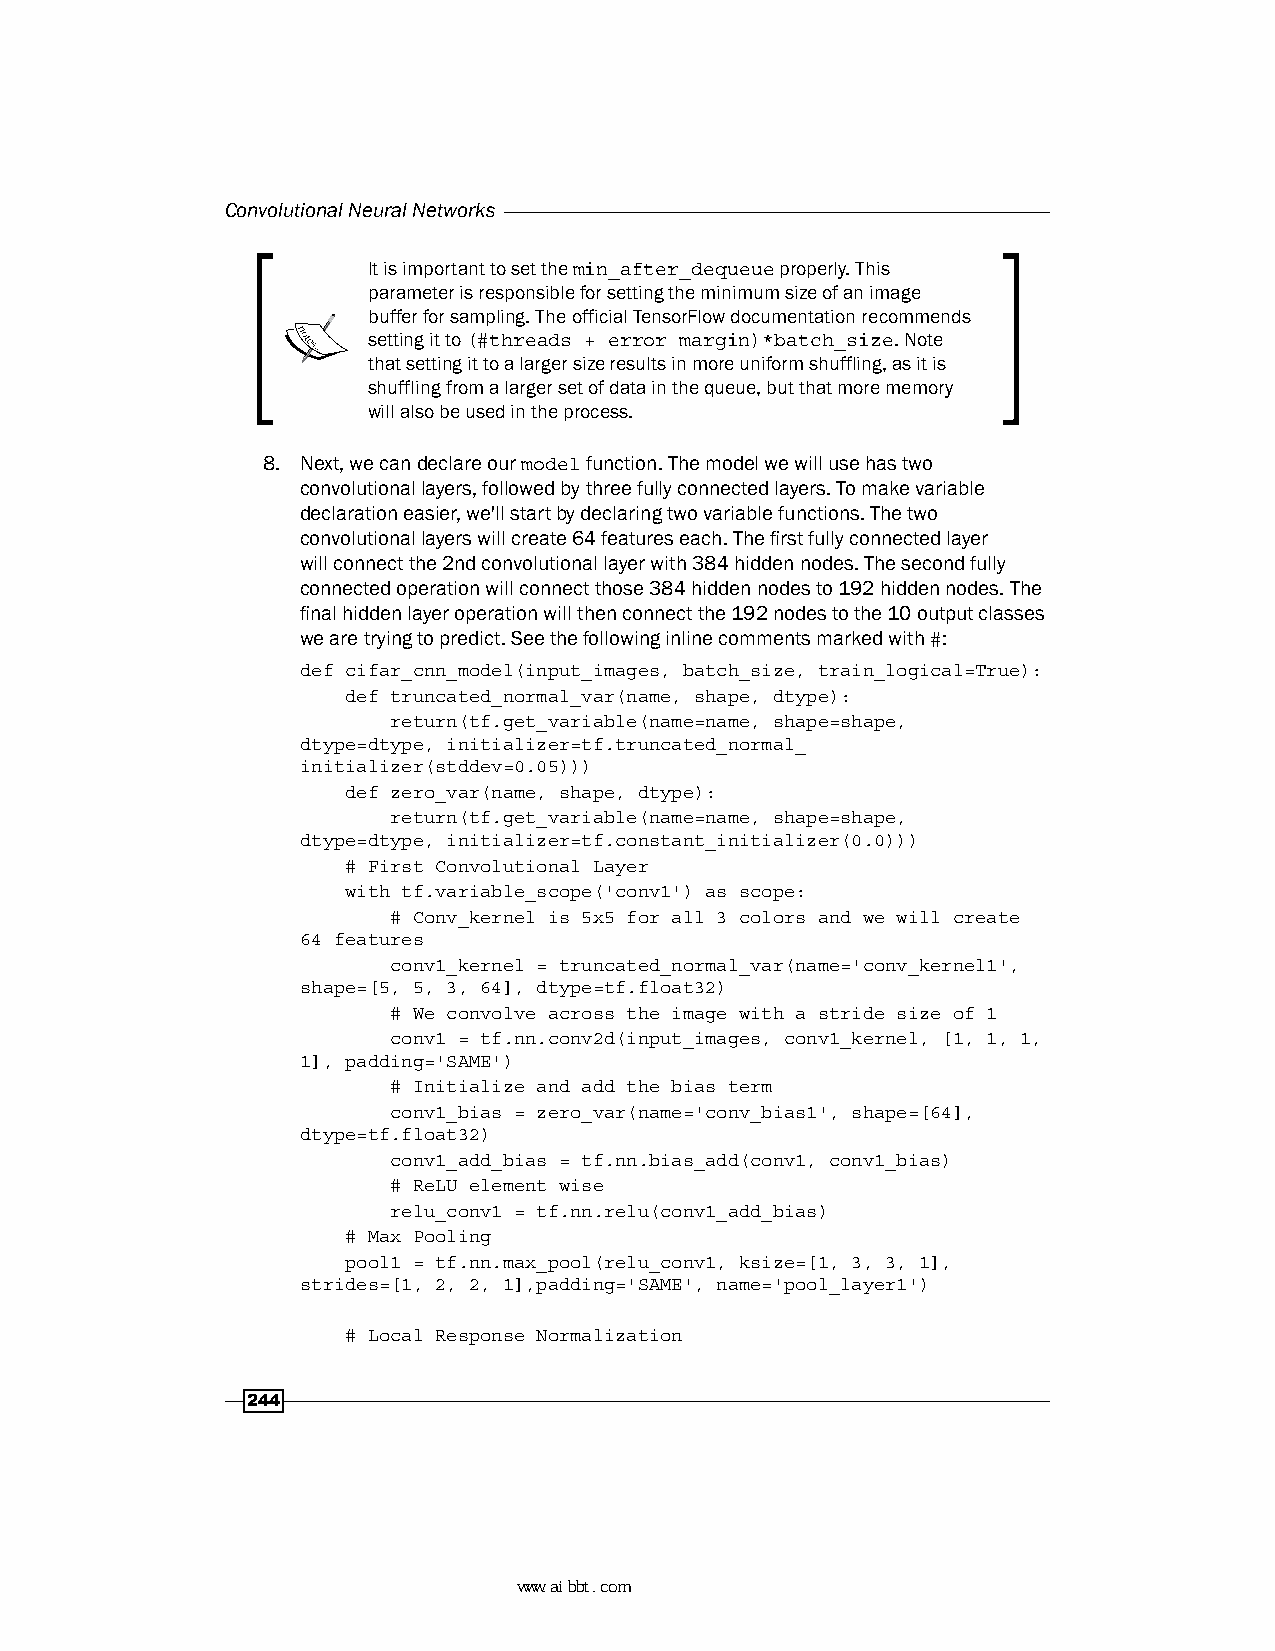
Convolutional Neural Networks
 It is important to set the min_after_dequeue properly. This
 parameter is responsible for setting the minimum size of an image
 buffer for sampling. The official TensorFlow documentation recommends
 setting it to (#threads + error margin)*batch_size. Note
 that setting it to a larger size results in more uniform shuffling, as it is
 shuffling from a larger set of data in the queue, but that more memory
 will also be used in the process.
 8. Next, we can declare our model function. The model we will use has two
 convolutional layers, followed by three fully connected layers. To make variable
 declaration easier, we'll start by declaring two variable functions. The two
 convolutional layers will create 64 features each. The first fully connected layer
 will connect the 2nd convolutional layer with 384 hidden nodes. The second fully
 connected operation will connect those 384 hidden nodes to 192 hidden nodes. The
 final hidden layer operation will then connect the 192 nodes to the 10 output classes
 we are trying to predict. See the following inline comments marked with #:
 def cifar_cnn_model(input_images, batch_size, train_logical=True):
 def truncated_normal_var(name, shape, dtype):
 return(tf.get_variable(name=name, shape=shape,
 dtype=dtype, initializer=tf.truncated_normal_
 initializer(stddev=0.05)))
 def zero_var(name, shape, dtype):
 return(tf.get_variable(name=name, shape=shape,
 dtype=dtype, initializer=tf.constant_initializer(0.0)))
 # First Convolutional Layer
 with tf.variable_scope('conv1') as scope:
 # Conv_kernel is 5x5 for all 3 colors and we will create
 64 features
 conv1_kernel = truncated_normal_var(name='conv_kernel1',
 shape=[5, 5, 3, 64], dtype=tf.float32)
 # We convolve across the image with a stride size of 1
 conv1 = tf.nn.conv2d(input_images, conv1_kernel, [1, 1, 1,
 1], padding='SAME')
 # Initialize and add the bias term
 conv1_bias = zero_var(name='conv_bias1', shape=[64],
 dtype=tf.float32)
 conv1_add_bias = tf.nn.bias_add(conv1, conv1_bias)
 # ReLU element wise
 relu_conv1 = tf.nn.relu(conv1_add_bias)
 # Max Pooling
 pool1 = tf.nn.max_pool(relu_conv1, ksize=[1, 3, 3, 1],
 strides=[1, 2, 2, 1],padding='SAME', name='pool_layer1')
 # Local Response Normalization
 244
 www.aibbt.com 让未来触手可及